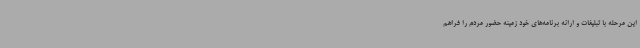
این مرحله با تبلیغات و ارائه برنامه‌های خود زمینه حضور مردم را فراهم